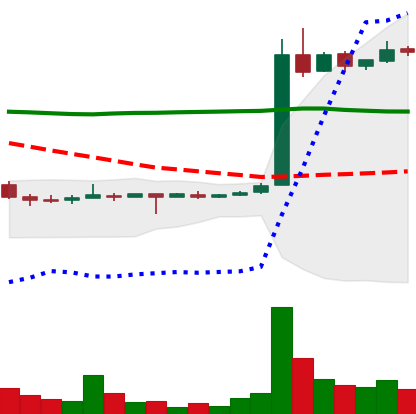
Ticker: LTC-USD
Chart end date: 2015-05-28
Forward return: -9.278%
Label: down_7plus